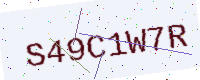
Text: S49C1W7R